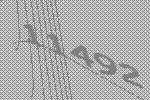
11492